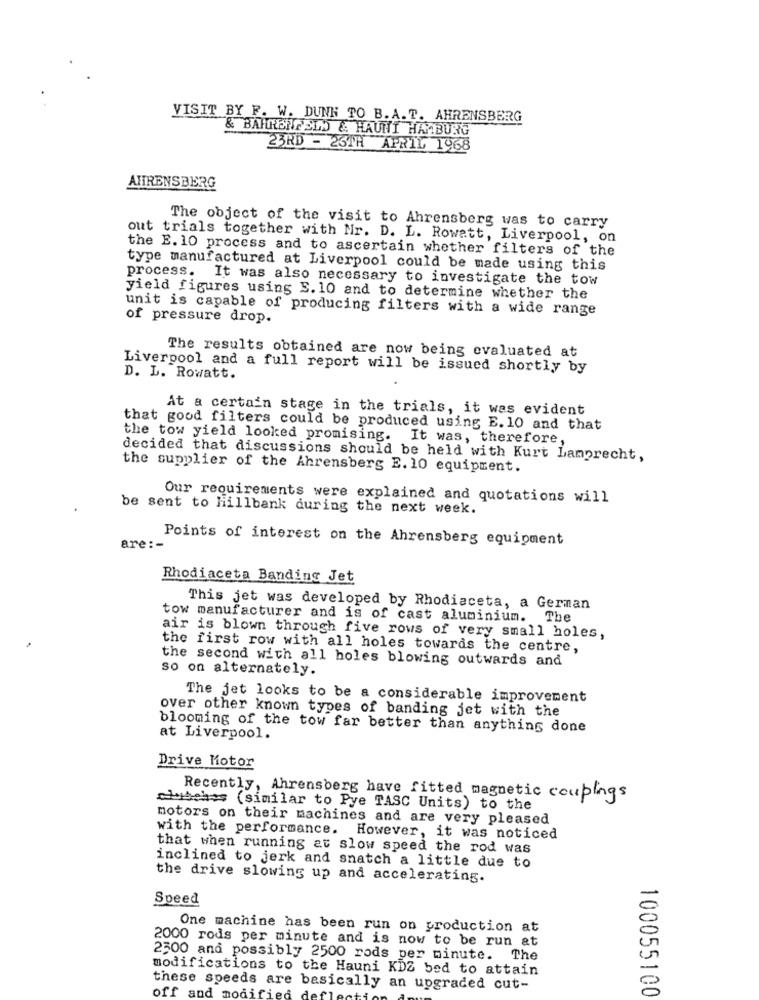
VISIT BY F. W. DUNN TO B.A. T. AHRENSBERG
& BAHNENFELD & HAUNT HAMBURG
23RD - 26TH APRIL 1968
AHRENSBERG
The object of the visit to Ahrensberg was to carry
out trials together with Nr. D. L. Rowatt, Liverpool, on
the E. 10 process and to ascertain whether filters of the
type manufactured at Liverpool could be made using this
process.
It was also necessary to investigate the tow
yield figures using S. 10 and to determine whether the
unit is capable of producing filters with a wide range
of pressure drop.
The results obtained are now being evaluated at
Liverpool and a full report will be issued shortly by
D. L. Rowatt.
At a certain stage in the trials, it was evident
that good filters could be produced using E. 10 and that
the tow yield looked promising. It was, therefore,
decided that discussions should be held with Kurt Lamprecht,
the supplier of the Ahrensberg E. 10 equipment.
Our requirements were explained and quotations will
be sent to hillbank during the next week.
Points of interest on the Ahrensberg equipment
are :-
Rhodiaceta Banding Jet
This jet was developed by Rhodiaceta, a German
tow manufacturer and is of cast aluminium. The
air is blown through five rows of very small holes,
the first row with all holes towards the centre,
the second with all holes blowing outwards and
so on alternately.
The jet looks to be a considerable improvement
over other known types of banding jet with the
blooming of the tow far better than anything done
at Liverpool.
Drive Motor
Recently, Ahrensberg have fitted magnetic couplings
chybches (similar to Pye TASC Units) to the
motors on their machines and are very pleased
with the performance. However, it was noticed
that when running at slow speed the rod was
inclined to jerk and snatch a little due to
the drive slowing up and accelerating.
Speed
One machine has been run on production at
2000 rods per minute and is now to be run at
2500 and possibly 2500 rods per minute. The
modifications to the Hauni KDZ bed to attain
these speeds are basically an upgraded cut-
off and
modif
100055100